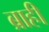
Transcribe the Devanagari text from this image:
ब्राही